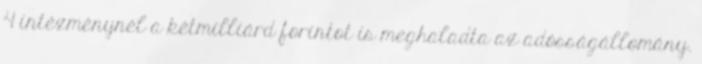
4 intézménynél a kétmilliárd forintot is meghaladta az adósságállomány.